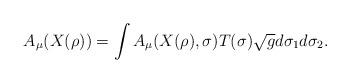
LaTeX: \begin{align*}A_\mu(X(\rho)) = \int A_\mu(X(\rho), \sigma) T(\sigma) \sqrt{g} d\sigma_1 d\sigma_2.\end{align*}